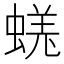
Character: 𧎉